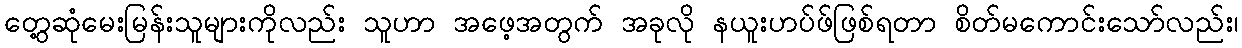
တွေ့ဆုံမေးမြန်းသူများကိုလည်း သူဟာ အဖေ့အတွက် အခုလို နယူးဟပ်ဖ်ဖြစ်ရတာ စိတ်မကောင်းသော်လည်း၊